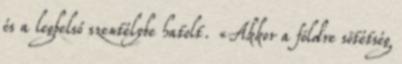
és a legbelső szentélybe hatolt. «Akkor a földre sötétség